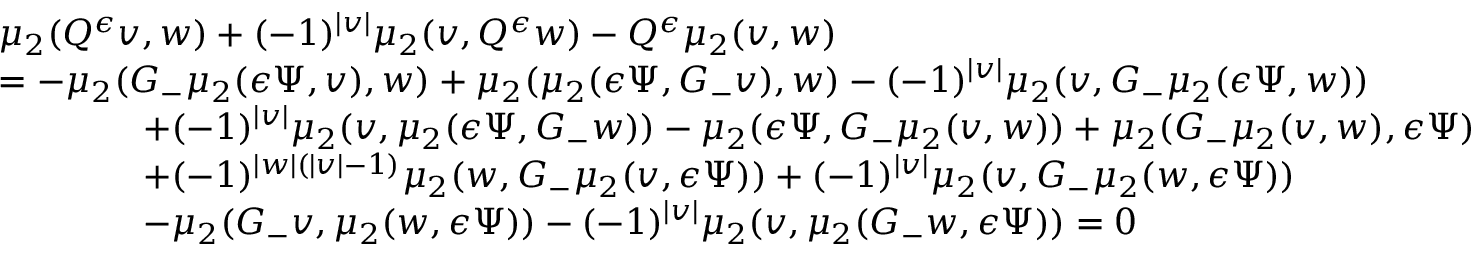
\begin{array} { r l } & { \mu _ { 2 } ( Q ^ { \epsilon } v , w ) + ( - 1 ) ^ { | v | } \mu _ { 2 } ( v , Q ^ { \epsilon } w ) - Q ^ { \epsilon } \mu _ { 2 } ( v , w ) } \\ & { = - \mu _ { 2 } ( G _ { - } \mu _ { 2 } ( { \epsilon } \Psi , v ) , w ) + \mu _ { 2 } ( \mu _ { 2 } ( { \epsilon } \Psi , G _ { - } v ) , w ) - ( - 1 ) ^ { | v | } \mu _ { 2 } ( v , G _ { - } \mu _ { 2 } ( { \epsilon } \Psi , w ) ) } \\ & { \qquad \qquad + ( - 1 ) ^ { | v | } \mu _ { 2 } ( v , \mu _ { 2 } ( { \epsilon } \Psi , G _ { - } w ) ) - \mu _ { 2 } ( { \epsilon } \Psi , G _ { - } \mu _ { 2 } ( v , w ) ) + \mu _ { 2 } ( G _ { - } \mu _ { 2 } ( v , w ) , { \epsilon } \Psi ) } \\ & { \qquad \qquad + ( - 1 ) ^ { | w | ( | v | - 1 ) } \mu _ { 2 } ( w , G _ { - } \mu _ { 2 } ( v , { \epsilon } \Psi ) ) + ( - 1 ) ^ { | v | } \mu _ { 2 } ( v , G _ { - } \mu _ { 2 } ( w , { \epsilon } \Psi ) ) } \\ & { \qquad \qquad - \mu _ { 2 } ( G _ { - } v , \mu _ { 2 } ( w , { \epsilon } \Psi ) ) - ( - 1 ) ^ { | v | } \mu _ { 2 } ( v , \mu _ { 2 } ( G _ { - } w , { \epsilon } \Psi ) ) = 0 } \end{array}